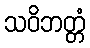
သဝိဘတ္တံ